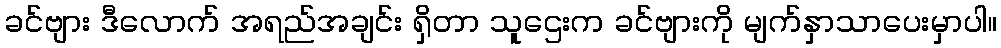
ခင်ဗျား ဒီလောက် အရည်အချင်း ရှိတာ သူဌေးက ခင်ဗျားကို မျက်နှာသာပေးမှာပါ။